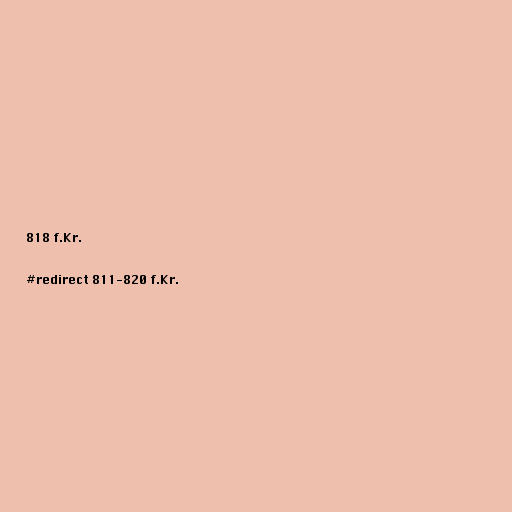
818 f.Kr.

#redirect 811-820 f.Kr.